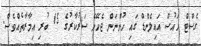
ގެސްޓް ހައުސް އައިލެންޑް ގައި ހުންނަން ޖެހޭނެ ސަރުކާރުގެ 15 ބުރި އިމާރާތެއްވެސް.